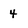
Character: 4